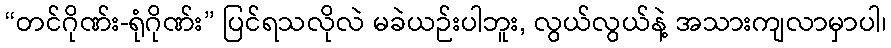
“တင်ဂိုဏ်း-ရုံဂိုဏ်း” ပြင်ရသလိုလဲ မခဲယဉ်းပါဘူး, လွယ်လွယ်နဲ့ အသားကျလာမှာပါ၊